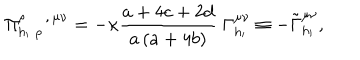
\Pi _ { h _ { \prime } \; \rho \, } ^ { \rho \; , \, \mu \nu } = - \kappa \frac { a + 4 c + 2 d } { a \left( a + 4 b \right) } \; \Gamma _ { h _ { \prime } } ^ { \mu \nu } \equiv - \tilde { \Gamma } _ { h _ { \prime } } ^ { \mu \nu } ,